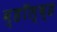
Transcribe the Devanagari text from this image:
व्हॉल्व्ह